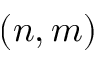
( n , m )